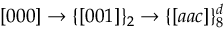
[ 0 0 0 ] \rightarrow \{ [ 0 0 1 ] \} _ { 2 } \rightarrow \{ [ a a c ] \} _ { 8 } ^ { d }